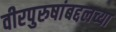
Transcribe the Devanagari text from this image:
वीरपुरुषांबद्दलच्या